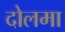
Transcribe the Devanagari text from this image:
दोलमा